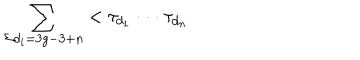
\sum _ { \Sigma d _ { i } = 3 g - 3 + n } < \tau _ { d _ { 1 } } \cdot \cdot \cdot \tau _ { d _ { n } }